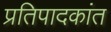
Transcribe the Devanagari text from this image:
प्रतिपादकांत